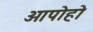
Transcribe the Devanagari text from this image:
ओपोहो